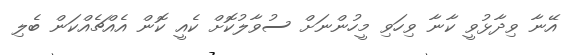
އޭނާ ވިދާޅުވީ ކާނާ ވިހަވި މީހުންނަށް ސުވާލުކޮށް ކެއީ ކޮން އެއްޗެއްކަން ބެލި